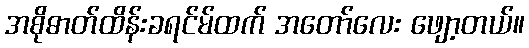
အစိုဓာတ်ထိန်းခရင်မ်ထက် အတော်လေး ဖျော့တယ်။